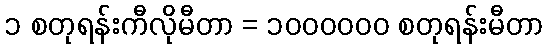
၁ စတုရန်းကီလိုမီတာ = ၁၀၀၀၀၀၀ စတုရန်းမီတာ